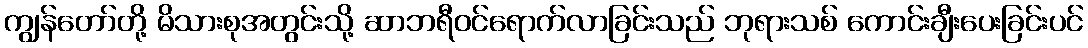
ကျွန်တော်တို့ မိသားစုအတွင်းသို့ ဆာဘရီဝင်ရောက်လာခြင်းသည် ဘုရားသစ် ကောင်းချီးပေးခြင်းပင်